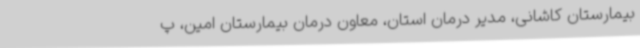
بیمارستان کاشانی، مدیر درمان استان، معاون درمان بیمارستان امین، پ